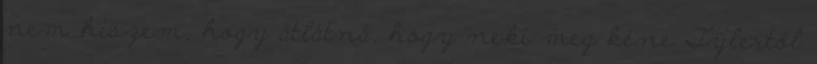
nem hiszem, hogy átlátná, hogy neki meg kéne Tylertől